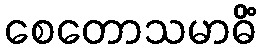
စေတောသမာဓိံ